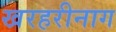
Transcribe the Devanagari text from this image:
खरहरीनाग